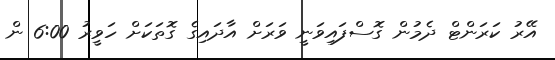
އޭރު ކަރަންޓް ދެމުން ގޮސްފައިވަނީ ވަރަށް އާދައިގެ ގޮތަކަށް ހަވީރު 6:00 ން